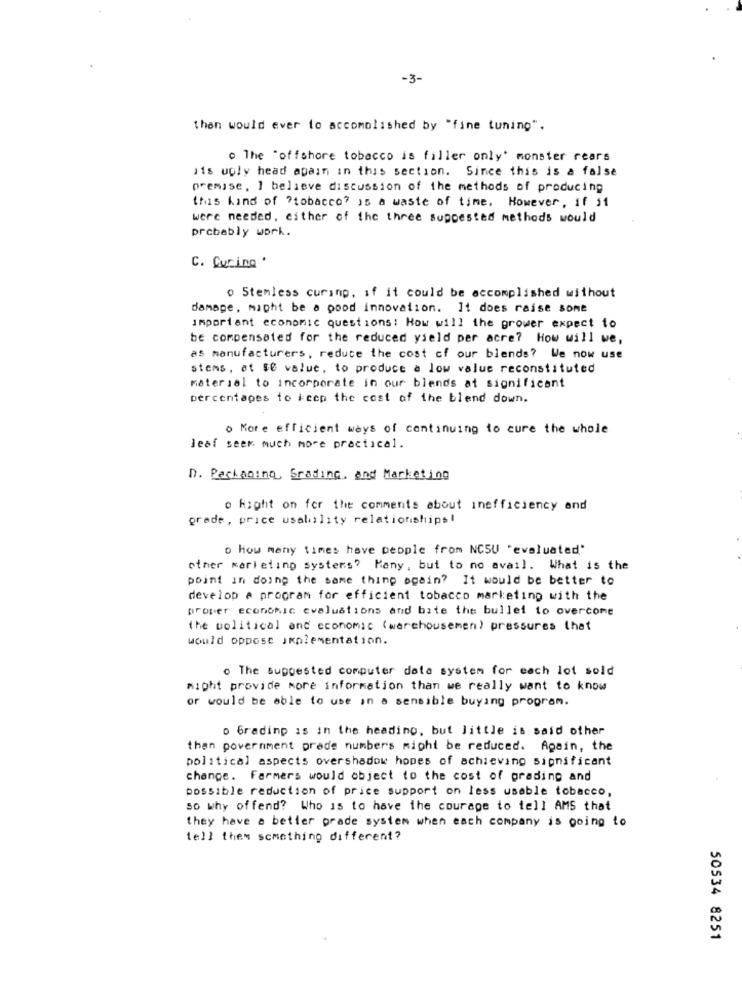
-3-
than would ever to accomplished by "fine tuning".
o The "offshore tobacco is filler only' monster rears
sis uply head again in this section. Since this is a false
premise, I believe discussion of the methods of producing
this hand of ?tobacco? as a waste of time. However, if st
were needed, either of the three suppested methods would
probably work.
C. Curing'
o Stemless curing, if it could be accomplished without
damage, might be a pood innovation. It does raise some
important economic questions : How will the grower expect to
be compensated for the reduced yield per acre? How will we,
as manufacturers, reduce the cost of our blends? We now use
stems, at $C value, to produce a low value reconstituted
material to incorporate in our blends at significant
percentages to #ccp the cost of the blend down.
6 More efficient ways of continuing to cure the whole
Jeaf seer much more practical.
D. Packaging, Grading, and Marketing
o Right on for the comments about inefficiency and
grede, price usability relationships!
o how many times have people from NCSU 'evaluated"
other marketing systems? Many, but to no avail. What is the
point in doing the same thing again? It would be better to
develop a program for efficient tobacco marketing with the
proper economic evaluations and bite the bullet to overcome
the political and economic (warehousemen) pressures that
would oppose implementation.
o The Suppested computer data system for each lot sold
might provide more information than we really want to know
or would be able to use in a sensible buying program.
o Grading is in the heading, but little is said other
then povernment prede numbers might be reduced. Again, the
political aspects overshadow hopes of achieving significant
change. Farmers would object to the cost of grading and
possible reduction of price support on less usable tobacco,
so why offend? Who is to have the courage to tell AMS that
they have a better prade system when each company is going to
tell them something different?
50534 8251